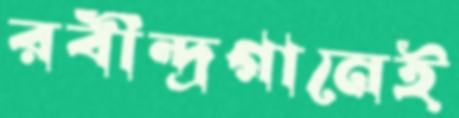
রবীন্দ্রগানেই